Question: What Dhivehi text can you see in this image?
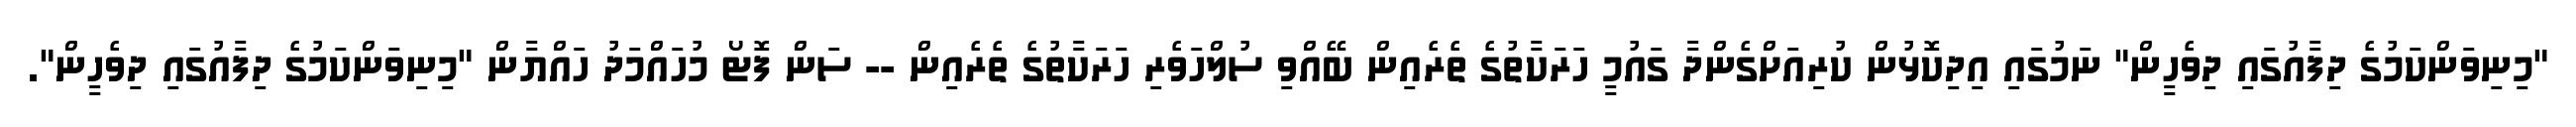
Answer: "މިނިވަންކަމުގެ ދިފާއުގައި ދިވެހީން" ނަމުގައި އިދިކޮޅުން ކުރިއަށްގެންދާ ގައުމީ ހަރަކާތުގެ ތެރެއިން ބޭއްވި ސުލްހަވެރި ހަރަކާތުގެ ތެރެއިން -- ސަން ފޮޓޯ މުހައްމަދު ހައްޔާން "މިނިވަންކަމުގެ ދިފާއުގައި ދިވެހީން".